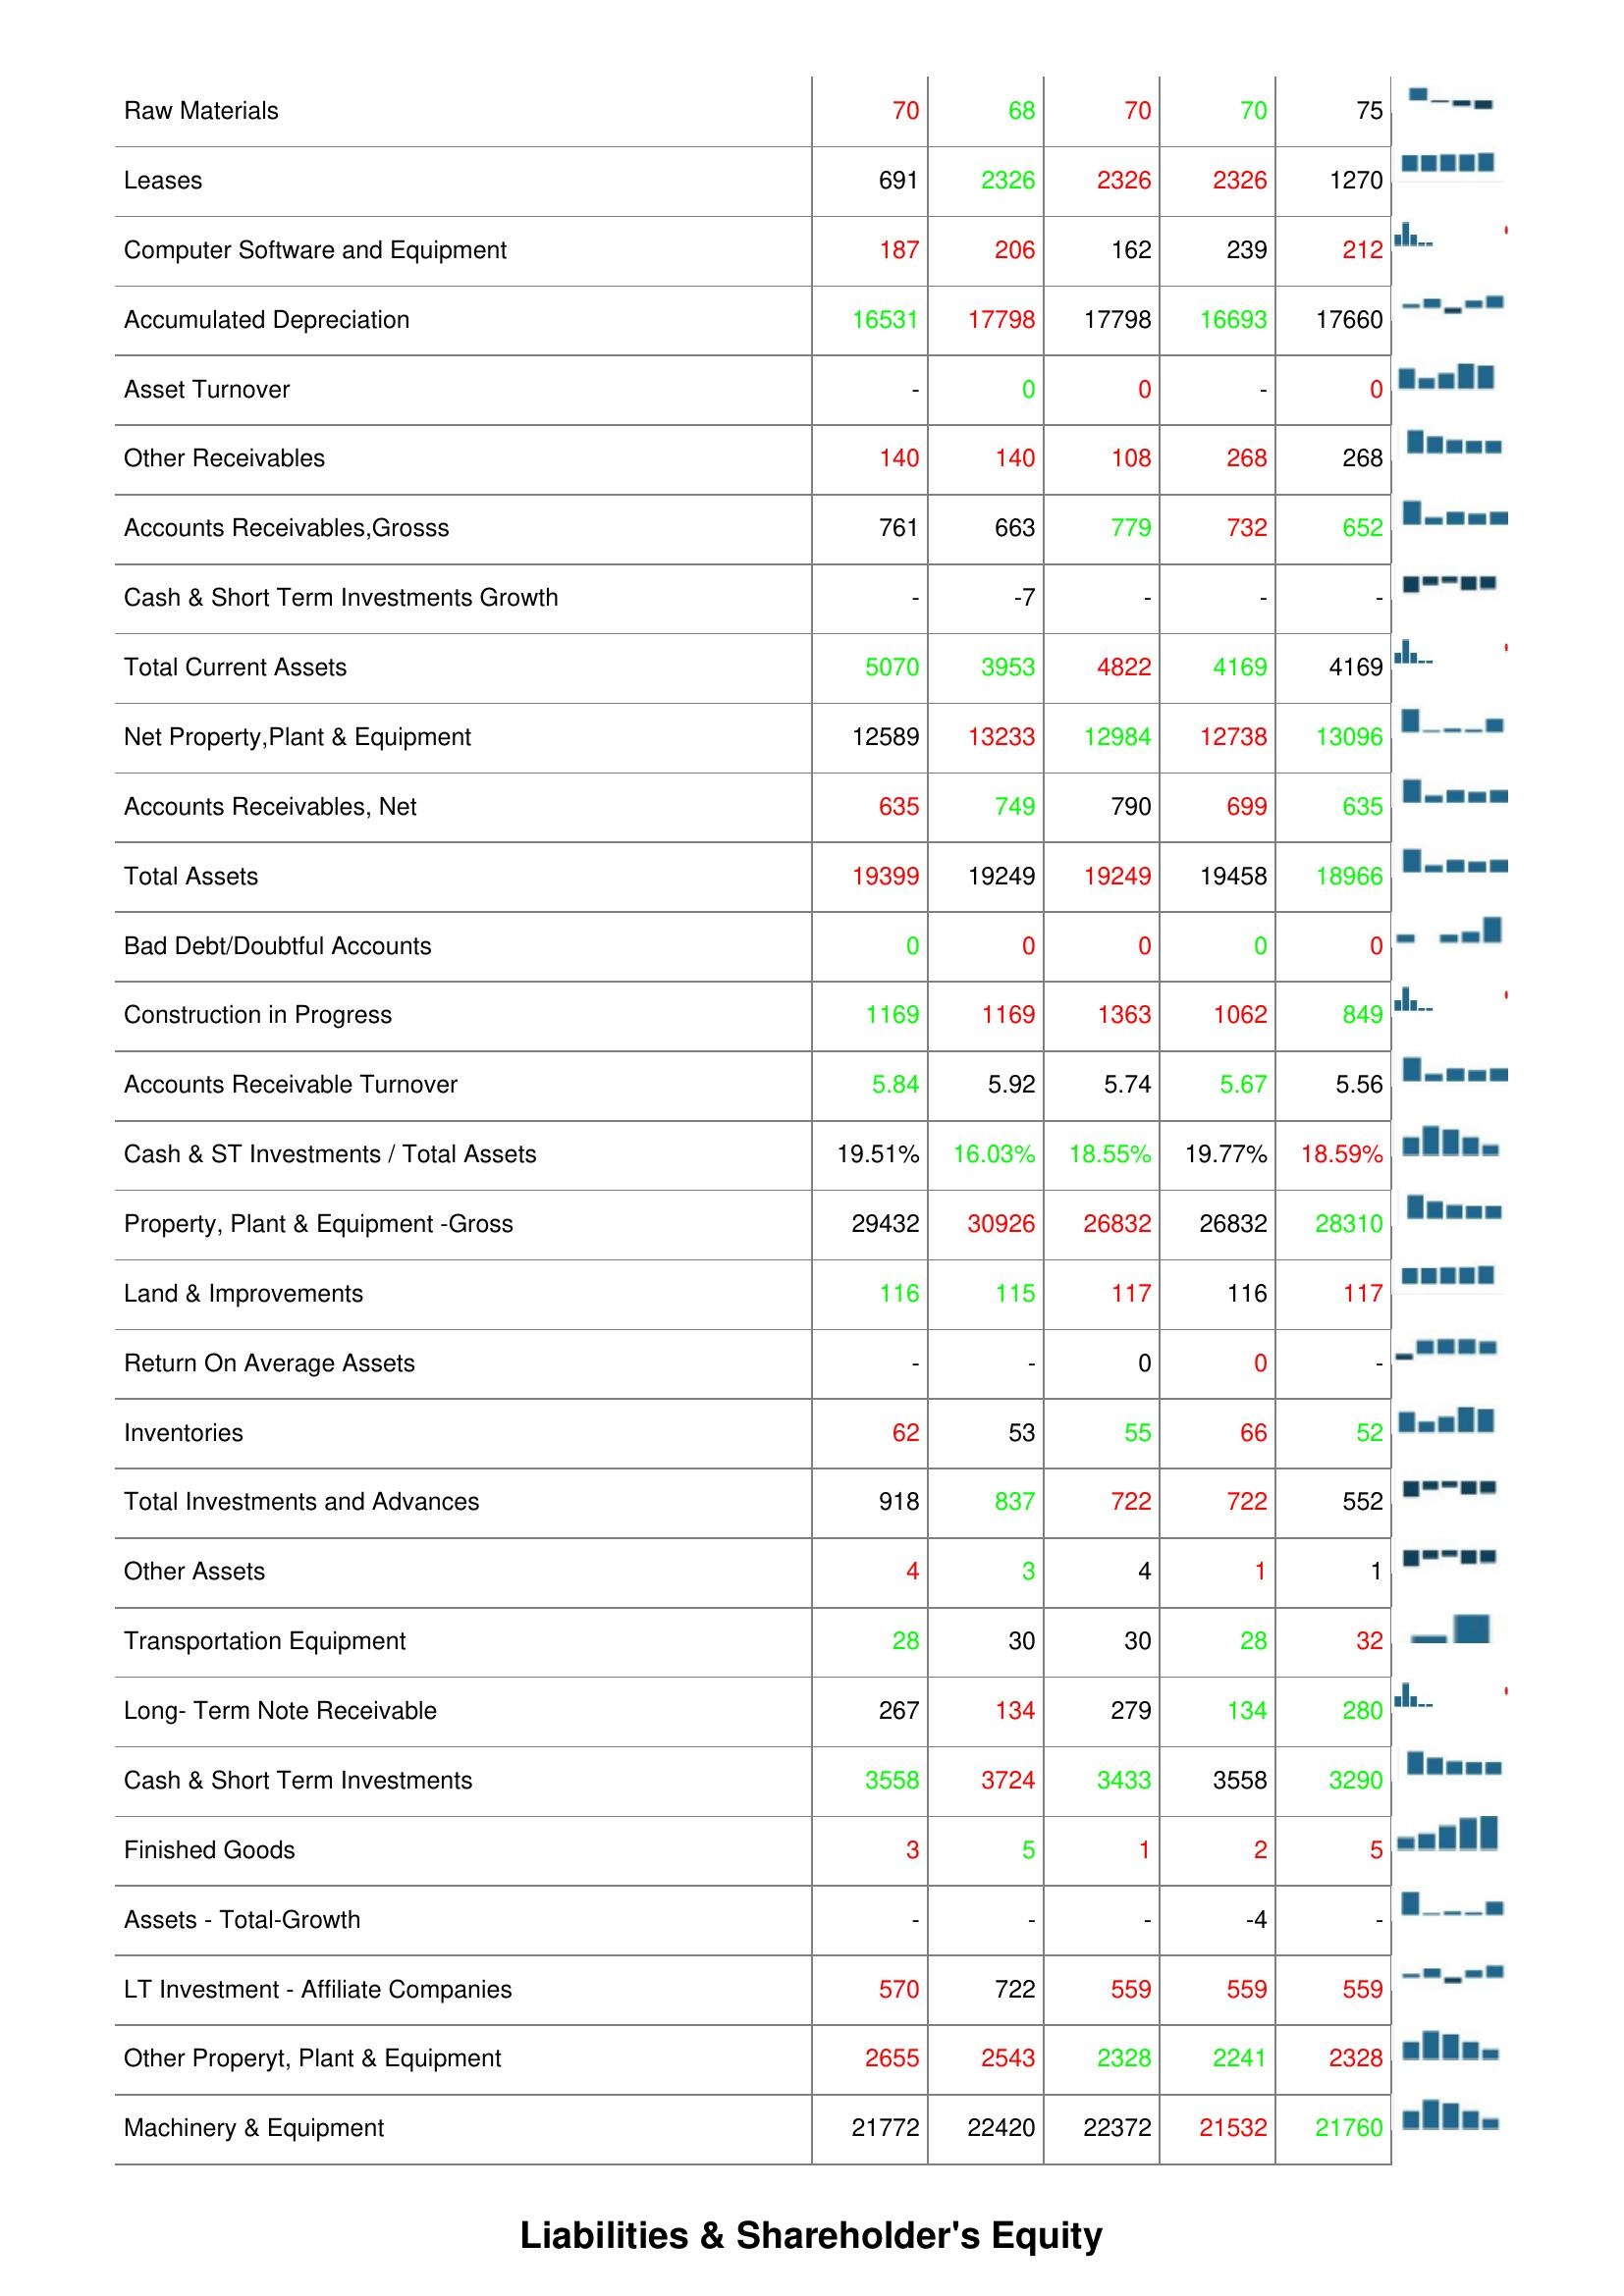
2022: Assets: Buildings: 473
Deferred Charges: 3
Accounts Receivables Growth: -10
Other Current Assets: 29
Total Accounts Receivable: 762
Prepaid Expenses: 18
Cash Only: 22017
Raw Materials: 70
Leases: 691
Computer Software and Equipment: 187
Accumulated Depreciation: 16531
Asset Turnover: -
Other Receivables: 140
Accounts Receivables,Grosss: 761
Cash & Short Term Investments Growth: -
Total Current Assets: 5070
Net Property,Plant & Equipment: 12589
Accounts Receivables, Net: 635
Total Assets: 19399
Bad Debt/Doubtful Accounts: 0
Construction in Progress: 1169
Accounts Receivable Turnover: 5.84
Cash & ST Investments / Total Assets: 19.51%
Property, Plant & Equipment -Gross: 29432
Land & Improvements: 116
Return On Average Assets: -
Inventories: 62
Total Investments and Advances: 918
Other Assets: 4
Transportation Equipment: 28
Long- Term Note Receivable: 267
Cash & Short Term Investments: 3558
Finished Goods: 3
Assets - Total-Growth: -
LT Investment - Affiliate Companies: 570
Other Properyt, Plant & Equipment: 2655
Machinery & Equipment: 21772
2021: Assets: Buildings: 473
Deferred Charges: 4
Accounts Receivables Growth: -22
Other Current Assets: 22
Total Accounts Receivable: 845
Prepaid Expenses: 31
Cash Only: 21472
Raw Materials: 68
Leases: 2326
Computer Software and Equipment: 206
Accumulated Depreciation: 17798
Asset Turnover: 0
Other Receivables: 140
Accounts Receivables,Grosss: 663
Cash & Short Term Investments Growth: -7
Total Current Assets: 3953
Net Property,Plant & Equipment: 13233
Accounts Receivables, Net: 749
Total Assets: 19249
Bad Debt/Doubtful Accounts: 0
Construction in Progress: 1169
Accounts Receivable Turnover: 5.92
Cash & ST Investments / Total Assets: 16.03%
Property, Plant & Equipment -Gross: 30926
Land & Improvements: 115
Return On Average Assets: -
Inventories: 53
Total Investments and Advances: 837
Other Assets: 3
Transportation Equipment: 30
Long- Term Note Receivable: 134
Cash & Short Term Investments: 3724
Finished Goods: 5
Assets - Total-Growth: -
LT Investment - Affiliate Companies: 722
Other Properyt, Plant & Equipment: 2543
Machinery & Equipment: 22420
2020: Assets: Buildings: 461
Deferred Charges: -
Accounts Receivables Growth: -
Other Current Assets: 22
Total Accounts Receivable: 819
Prepaid Expenses: 18
Cash Only: 29584
Raw Materials: 70
Leases: 2326
Computer Software and Equipment: 162
Accumulated Depreciation: 17798
Asset Turnover: 0
Other Receivables: 108
Accounts Receivables,Grosss: 779
Cash & Short Term Investments Growth: -
Total Current Assets: 4822
Net Property,Plant & Equipment: 12984
Accounts Receivables, Net: 790
Total Assets: 19249
Bad Debt/Doubtful Accounts: 0
Construction in Progress: 1363
Accounts Receivable Turnover: 5.74
Cash & ST Investments / Total Assets: 18.55%
Property, Plant & Equipment -Gross: 26832
Land & Improvements: 117
Return On Average Assets: 0
Inventories: 55
Total Investments and Advances: 722
Other Assets: 4
Transportation Equipment: 30
Long- Term Note Receivable: 279
Cash & Short Term Investments: 3433
Finished Goods: 1
Assets - Total-Growth: -
LT Investment - Affiliate Companies: 559
Other Properyt, Plant & Equipment: 2328
Machinery & Equipment: 22372
2019: Assets: Buildings: 477
Deferred Charges: 1
Accounts Receivables Growth: 13
Other Current Assets: 29
Total Accounts Receivable: 845
Prepaid Expenses: 31
Cash Only: 22017
Raw Materials: 70
Leases: 2326
Computer Software and Equipment: 239
Accumulated Depreciation: 16693
Asset Turnover: -
Other Receivables: 268
Accounts Receivables,Grosss: 732
Cash & Short Term Investments Growth: -
Total Current Assets: 4169
Net Property,Plant & Equipment: 12738
Accounts Receivables, Net: 699
Total Assets: 19458
Bad Debt/Doubtful Accounts: 0
Construction in Progress: 1062
Accounts Receivable Turnover: 5.67
Cash & ST Investments / Total Assets: 19.77%
Property, Plant & Equipment -Gross: 26832
Land & Improvements: 116
Return On Average Assets: 0
Inventories: 66
Total Investments and Advances: 722
Other Assets: 1
Transportation Equipment: 28
Long- Term Note Receivable: 134
Cash & Short Term Investments: 3558
Finished Goods: 2
Assets - Total-Growth: -4
LT Investment - Affiliate Companies: 559
Other Properyt, Plant & Equipment: 2241
Machinery & Equipment: 21532
2018: Assets: Buildings: 473
Deferred Charges: 1
Accounts Receivables Growth: -10
Other Current Assets: 38
Total Accounts Receivable: 809
Prepaid Expenses: 29
Cash Only: 24199
Raw Materials: 75
Leases: 1270
Computer Software and Equipment: 212
Accumulated Depreciation: 17660
Asset Turnover: 0
Other Receivables: 268
Accounts Receivables,Grosss: 652
Cash & Short Term Investments Growth: -
Total Current Assets: 4169
Net Property,Plant & Equipment: 13096
Accounts Receivables, Net: 635
Total Assets: 18966
Bad Debt/Doubtful Accounts: 0
Construction in Progress: 849
Accounts Receivable Turnover: 5.56
Cash & ST Investments / Total Assets: 18.59%
Property, Plant & Equipment -Gross: 28310
Land & Improvements: 117
Return On Average Assets: -
Inventories: 52
Total Investments and Advances: 552
Other Assets: 1
Transportation Equipment: 32
Long- Term Note Receivable: 280
Cash & Short Term Investments: 3290
Finished Goods: 5
Assets - Total-Growth: -
LT Investment - Affiliate Companies: 559
Other Properyt, Plant & Equipment: 2328
Machinery & Equipment: 21760